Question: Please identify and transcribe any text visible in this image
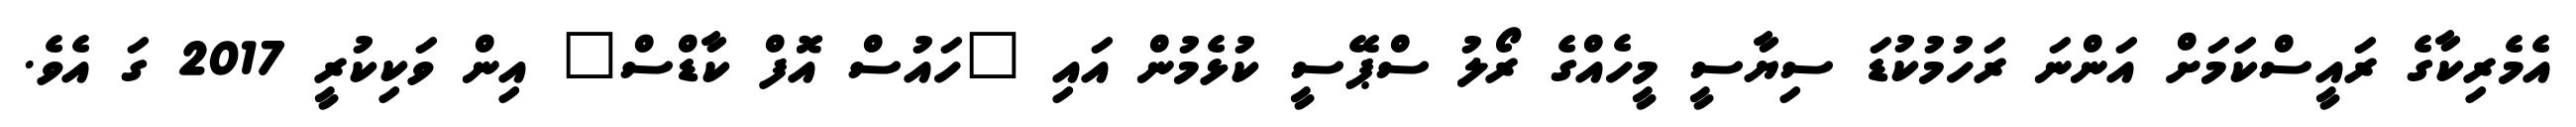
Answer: އެމެރިކާގެ ރައީސްކަމަށް އަންނަ ރަހުމުކުޑަ ސިޔާސީ މީހެއްގެ ރޯލު ސްޕޭސީ ކުޅެމުން އައި "ހައުސް އޮފް ކާޑްސް" އިން ވަކިކުރީ 2017 ގަ އެވެ.